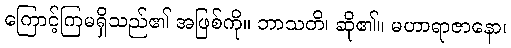
ကြောင့်ကြမရှိသည်၏ အဖြစ်ကို။ ဘာသတိ၊ ဆို၏။ မဟာရာဇာနော၊